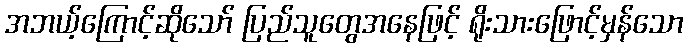
အဘယ့်ကြောင့်ဆိုသော် ပြည်သူတွေအနေဖြင့် ရိုးသားဖြောင့်မှန်သော